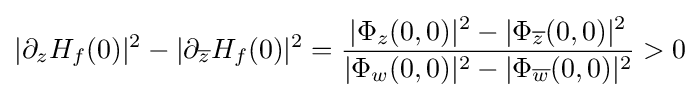
|\partial _{z}H_{f}(0)|^{2}-|\partial _{\overline {z}}H_{f}(0)|^{2}={|\Phi _{z}(0,0)|^{2}-|\Phi _{\overline {z}}(0,0)|^{2} \over |\Phi _{w}(0,0)|^{2}-|\Phi _{\overline {w}}(0,0)|^{2}}>0